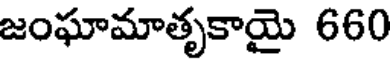
జంఘామాతృకాయై 660